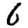
Digit: 6